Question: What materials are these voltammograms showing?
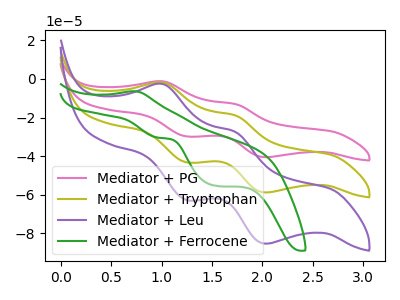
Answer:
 <answer>The pink curve is labeled "Mediator + PG". The olive curve is labeled "Mediator + Tryptophan". The purple curve is labeled "Mediator + Leu". The green curve is labeled "Mediator + Ferrocene".</answer>
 <eval></eval>